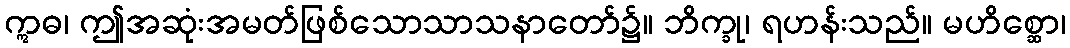
ဣဓ၊ ဤအဆုံးအမတ်ဖြစ်သောသာသနာတော်၌။ ဘိက္ခု၊ ရဟန်းသည်။ မဟိစ္ဆော၊